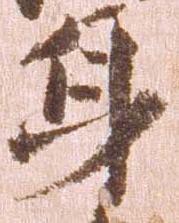
身